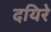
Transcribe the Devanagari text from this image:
दयिरे